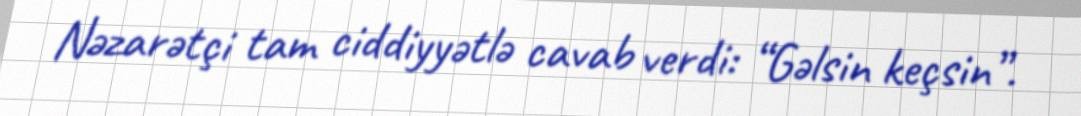
Nəzarətçi tam ciddiyyətlə cavab verdi: “Gəlsin keçsin”.